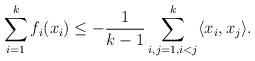
LaTeX: \begin{align*}\sum_{i=1}^k f_i(x_i)\le -\frac{1}{k-1} \sum_{i, j=1, i < j}^{k} \langle x_i, x_j \rangle.\end{align*}